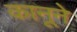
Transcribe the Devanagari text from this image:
कानूने